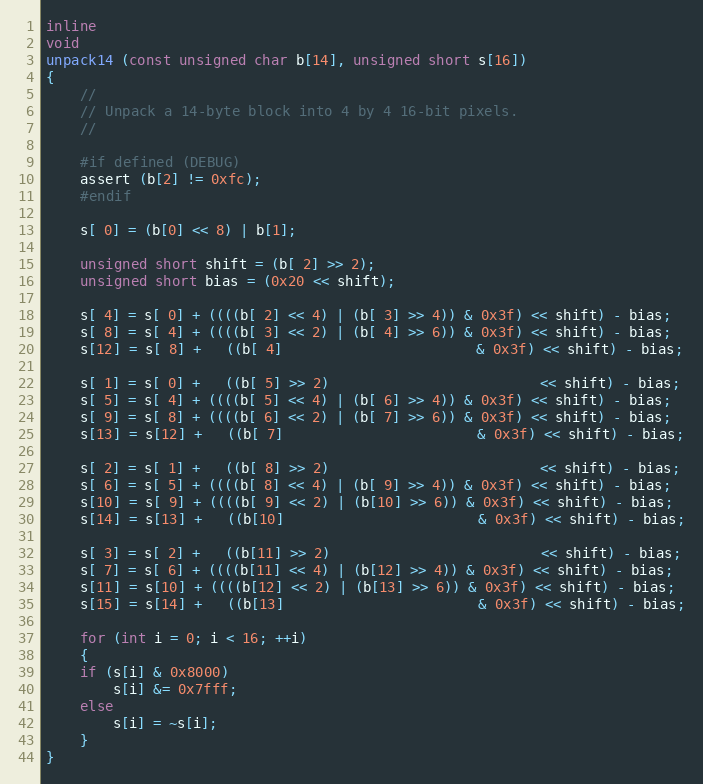
Language: C++
inline
void
unpack14 (const unsigned char b[14], unsigned short s[16])
{
    //
    // Unpack a 14-byte block into 4 by 4 16-bit pixels.
    //

    #if defined (DEBUG)
	assert (b[2] != 0xfc);
    #endif

    s[ 0] = (b[0] << 8) | b[1];

    unsigned short shift = (b[ 2] >> 2);
    unsigned short bias = (0x20 << shift);

    s[ 4] = s[ 0] + ((((b[ 2] << 4) | (b[ 3] >> 4)) & 0x3f) << shift) - bias;
    s[ 8] = s[ 4] + ((((b[ 3] << 2) | (b[ 4] >> 6)) & 0x3f) << shift) - bias;
    s[12] = s[ 8] +   ((b[ 4]                       & 0x3f) << shift) - bias;

    s[ 1] = s[ 0] +   ((b[ 5] >> 2)                         << shift) - bias;
    s[ 5] = s[ 4] + ((((b[ 5] << 4) | (b[ 6] >> 4)) & 0x3f) << shift) - bias;
    s[ 9] = s[ 8] + ((((b[ 6] << 2) | (b[ 7] >> 6)) & 0x3f) << shift) - bias;
    s[13] = s[12] +   ((b[ 7]                       & 0x3f) << shift) - bias;

    s[ 2] = s[ 1] +   ((b[ 8] >> 2)                         << shift) - bias;
    s[ 6] = s[ 5] + ((((b[ 8] << 4) | (b[ 9] >> 4)) & 0x3f) << shift) - bias;
    s[10] = s[ 9] + ((((b[ 9] << 2) | (b[10] >> 6)) & 0x3f) << shift) - bias;
    s[14] = s[13] +   ((b[10]                       & 0x3f) << shift) - bias;

    s[ 3] = s[ 2] +   ((b[11] >> 2)                         << shift) - bias;
    s[ 7] = s[ 6] + ((((b[11] << 4) | (b[12] >> 4)) & 0x3f) << shift) - bias;
    s[11] = s[10] + ((((b[12] << 2) | (b[13] >> 6)) & 0x3f) << shift) - bias;
    s[15] = s[14] +   ((b[13]                       & 0x3f) << shift) - bias;

    for (int i = 0; i < 16; ++i)
    {
	if (s[i] & 0x8000)
	    s[i] &= 0x7fff;
	else
	    s[i] = ~s[i];
    }
}